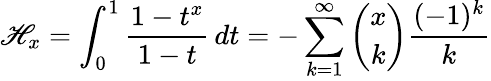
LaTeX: \mathscr{H}_{x}=\int_{0}^{1}{\frac{{1-t^{x}}}{{1-t}}}\, dt=-\sum_{k=1}^{\infty}{\binom{x}{k}}{\frac{{(-1)^{k}}}{{k}}}